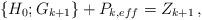
LaTeX: \begin{align*} \left\{H_0;G_{k+1}\right\}+P_{k,eff}=Z_{k+1}\,, \end{align*}